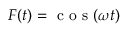
F ( t ) = \mathrm { ~ c ~ o ~ s ~ } ( \omega t )